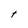
Character: t